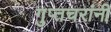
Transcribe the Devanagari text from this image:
गुप्तचरांनी